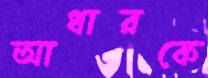
আধারকে